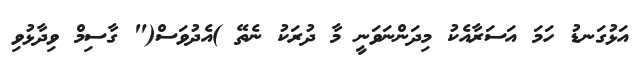
އަޅުގަނޑު ހަމަ އަސަރާއެކު މިދަންނަވަނީ މާ ދުރަކު ނެތޭ )އެދުވަސް(" ގާސިމް ވިދާޅުވި